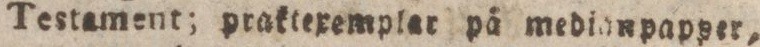
Testanent; praktexemplar på medianpapper,